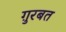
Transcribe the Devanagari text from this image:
ग़ुरबत